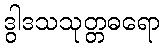
ဒွါဒသသုတ္တဓရော